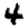
Digit: 4